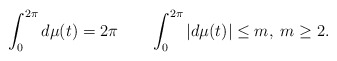
\begin{align*}\int_0^{2\pi}d\mu(t)=2\pi\quad\quad\int_0^{2\pi}\left|d\mu(t)\right|\leq m,\;m\geq2.\end{align*}